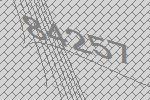
84257